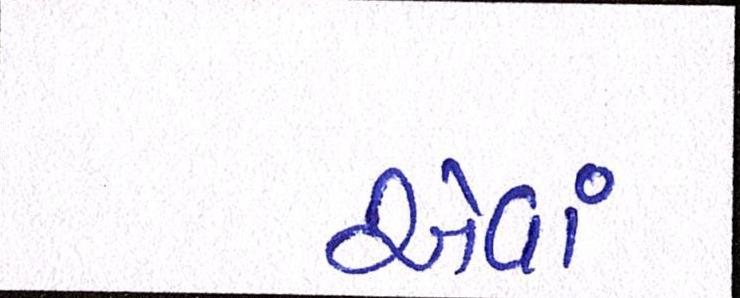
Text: એવાં